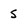
Character: 5